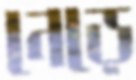
নেড়ে